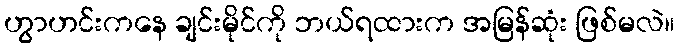
ဟွာဟင်းကနေ ချင်းမိုင်ကို ဘယ်ရထားက အမြန်ဆုံး ဖြစ်မလဲ။